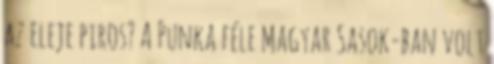
az eleje piros? A Punka féle Magyar Sasok-ban volt